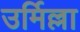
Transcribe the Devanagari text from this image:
उर्मिल्ला